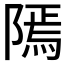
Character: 𨻳